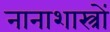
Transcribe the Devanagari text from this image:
नानाशास्त्रों